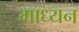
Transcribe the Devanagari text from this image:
माध्यन